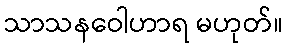
သာသနဝေါဟာရ မဟုတ်။